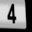
Digit: 4